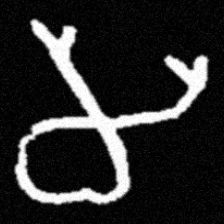
Pyu character \u2014 Myanmar letter: မ (romanized: ma)